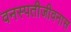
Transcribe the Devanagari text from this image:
वनस्पतीजीवनास